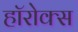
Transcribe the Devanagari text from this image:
हॉरोक्स